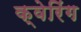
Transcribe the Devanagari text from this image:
क्वेरिंग